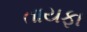
તાયફા